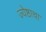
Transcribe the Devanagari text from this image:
ज्येष्ठाचा